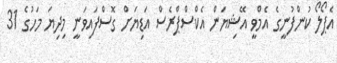
އެޕޯލޯ ކުންފުނީގެ އެމްވީ އޭޝިޔަން އެކްސްޕްރެސް އަޑިޔަށް ގޮސްފައިވަނީ މިދިޔަ މަހުގެ 31